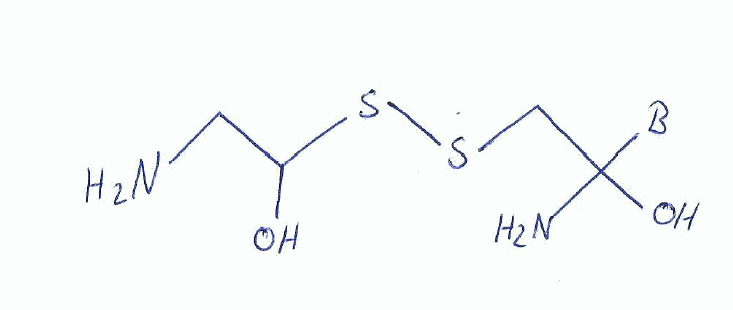
Simplified molecular-input line-entry system (SMILES) notation of the given molecule:
[B]C(CSSC(CN)O)(N)O